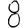
Digit: 8